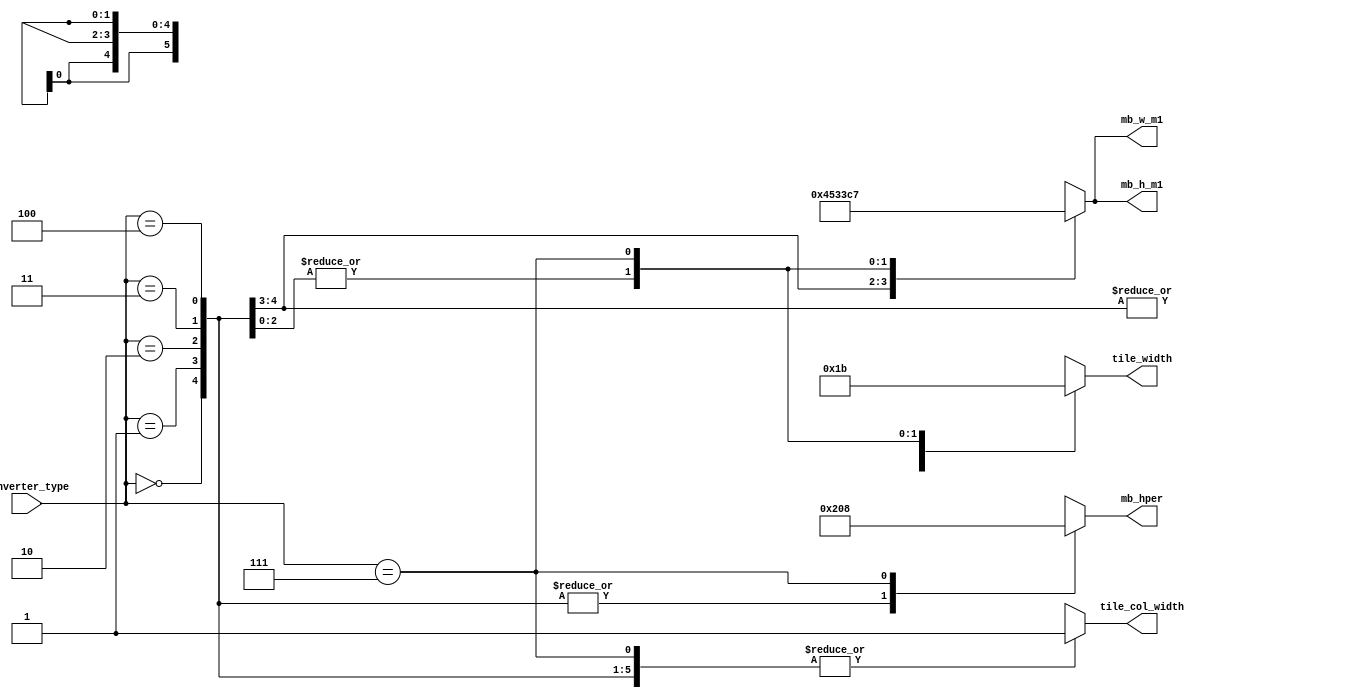
// This program was cloned from: https://github.com/Elphel/x393
// License: GNU General Public License v3.0

/*!
 * <b>Module:</b>cmprs_tile_mode_decode
 * @file cmprs_tile_mode_decode.v
 * @date 2015-06-14  
 * @author Andrey Filippov     
 *
 * @brief Decode tile/macroblocks parameters from compressor type
 *
 * @copyright Copyright (c) 2015 Elphel, Inc.
 *
 * <b>License:</b>
 *
 * cmprs_tile_mode_decode.v is free software; you can redistribute it and/or modify
 * it under the terms of the GNU General Public License as published by
 * the Free Software Foundation, either version 3 of the License, or
 * (at your option) any later version.
 *
 *  cmprs_tile_mode_decode.v is distributed in the hope that it will be useful,
 * but WITHOUT ANY WARRANTY; without even the implied warranty of
 * MERCHANTABILITY or FITNESS FOR A PARTICULAR PURPOSE.  See the
 * GNU General Public License for more details.
 *
 * You should have received a copy of the GNU General Public License
 * along with this program.  If not, see <http://www.gnu.org/licenses/> .
 *
 * Additional permission under GNU GPL version 3 section 7:
 * If you modify this Program, or any covered work, by linking or combining it
 * with independent modules provided by the FPGA vendor only (this permission
 * does not extend to any 3-rd party modules, "soft cores" or macros) under
 * different license terms solely for the purpose of generating binary "bitstream"
 * files and/or simulating the code, the copyright holders of this Program give
 * you the right to distribute the covered work without those independent modules
 * as long as the source code for them is available from the FPGA vendor free of
 * charge, and there is no dependence on any encrypted modules for simulating of
 * the combined code. This permission applies to you if the distributed code
 * contains all the components and scripts required to completely simulate it
 * with at least one of the Free Software programs.
 */
`timescale 1ns/1ps

module  cmprs_tile_mode_decode #(
        parameter CMPRS_COLOR18 =           0, // JPEG 4:2:0 with 18x18 overlapping tiles for de-bayer
        parameter CMPRS_COLOR20 =           1, // JPEG 4:2:0 with 18x18 overlapping tiles for de-bayer (not implemented)
        parameter CMPRS_MONO16 =            2, // JPEG 4:2:0 with 16x16 non-overlapping tiles, color components zeroed
        parameter CMPRS_JP4 =               3, // JP4 mode with 16x16 macroblocks
        parameter CMPRS_JP4DIFF =           4, // JP4DIFF mode TODO: see if correct
        parameter CMPRS_MONO8 =             7  // Regular JPEG monochrome with 8x8 macroblocks (not yet implemented)
)(
    input          [2:0] converter_type,
    output reg    [ 5:0] mb_w_m1,            // macroblock width minus 1
    output reg    [ 5:0] mb_h_m1,            // macroblock height minus 1
    output reg    [ 4:0] mb_hper,            // macroblock horizontal period (8/16) // 3 LSB not used
    output reg    [ 1:0] tile_width,         // memory tile width (can be 128 for monochrome JPEG)   Can be 32/64/128: 0 - 16, 1 - 32, 2 - 64, 3 - 128
    output reg           tile_col_width      // 0 - 16 pixels,  1 -32 pixels
);

//    wire   [ 2:0] converter_type;    // 0 - color18, 1 - color20, 2 - mono, 3 - jp4, 4 - jp4-diff, 7 - mono8 (not yet implemented)
    always @(converter_type) begin
        case (converter_type)
            CMPRS_COLOR18:    begin
                        mb_w_m1 <=        17;            // macroblock width minus 1 
                        mb_h_m1 <=        17;            // macroblock height minus 1
                        mb_hper <=        16;            // macroblock horizontal period (8/16) // 3 LSB not used
                        tile_width <=      1;            // memory tile width (can be 128 for monochrome JPEG)   Can be 32/64/128: 0 - 16, 1 - 32, 2 - 64, 3 - 128
                        tile_col_width <=  1;            // 0 - 16 pixels,  1 -32 pixels
                     end
            CMPRS_COLOR20:    begin
                        mb_w_m1 <=        19;            // macroblock width minus 1
                        mb_h_m1 <=        19;            // macroblock height minus 1
                        mb_hper <=        16;            // macroblock horizontal period (8/16) // 3 LSB not used
                        tile_width <=      1;            // memory tile width (can be 128 for monochrome JPEG)   Can be 32/64/128: 0 - 16, 1 - 32, 2 - 64, 3 - 128
                        tile_col_width <=  1;            // 0 - 16 pixels,  1 -32 pixels
                     end
            CMPRS_MONO16:    begin
                        mb_w_m1 <=        15;            // macroblock width minus 1
                        mb_h_m1 <=        15;            // macroblock height minus 1
                        mb_hper <=        16;            // macroblock horizontal period (8/16) // 3 LSB not used
                        tile_width <=      2;            // memory tile width (can be 128 for monochrome JPEG)   Can be 32/64/128: 0 - 16, 1 - 32, 2 - 64, 3 - 128
                        tile_col_width <=  1;            // 0 - 16 pixels,  1 -32 pixels
                     end
            CMPRS_JP4:    begin
                        mb_w_m1 <=        15;            // macroblock width minus 1
                        mb_h_m1 <=        15;            // macroblock height minus 1
                        mb_hper <=        16;            // macroblock horizontal period (8/16) // 3 LSB not used
                        tile_width <=      2;            // memory tile width (can be 128 for monochrome JPEG)   Can be 32/64/128: 0 - 16, 1 - 32, 2 - 64, 3 - 128
                        tile_col_width <=  1;            // 0 - 16 pixels,  1 -32 pixels
                     end
            CMPRS_JP4DIFF:    begin
                        mb_w_m1 <=        15;            // macroblock width minus 1
                        mb_h_m1 <=        15;            // macroblock height minus 1
                        mb_hper <=        16;            // macroblock horizontal period (8/16) // 3 LSB not used
                        tile_width <=      2;            // memory tile width (can be 128 for monochrome JPEG)   Can be 32/64/128: 0 - 16, 1 - 32, 2 - 64, 3 - 128
                        tile_col_width <=  1;            // 0 - 16 pixels,  1 -32 pixels
                     end
            CMPRS_MONO8:    begin
                        mb_w_m1 <=         7;            // macroblock width minus 1
                        mb_h_m1 <=         7;            // macroblock height minus 1
                        mb_hper <=         8;            // macroblock horizontal period (8/16) // 3 LSB not used
                        tile_width <=      3;            // memory tile width (can be 128 for monochrome JPEG)   Can be 32/64/128: 0 - 16, 1 - 32, 2 - 64, 3 - 128
                        tile_col_width <=  1;            // 0 - 16 pixels,  1 -32 pixels
                     end
            default: begin
                        mb_w_m1 <=        'bx;            // macroblock width minus 1
                        mb_h_m1 <=        'bx;            // macroblock height minus 1
                        mb_hper <=        'bx;            // macroblock horizontal period (8/16) // 3 LSB not used
                        tile_width <=     'bx;            // memory tile width (can be 128 for monochrome JPEG)   Can be 32/64/128: 0 - 16, 1 - 32, 2 - 64, 3 - 128
                        tile_col_width <= 'bx;            // 0 - 16 pixels,  1 -32 pixels
                     end
        endcase
    end

endmodule